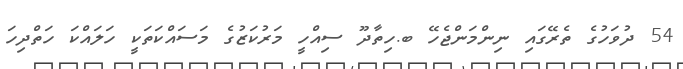
54 ދުވަހުގެ ތެރޭގައި ނިންމަންޖެހޭ ބ.ހިތާދޫ ސިއްހީ މަރުކަޒުގެ މަސައްކަތަކީ ހަލައްކަ ހަތްދިހަ